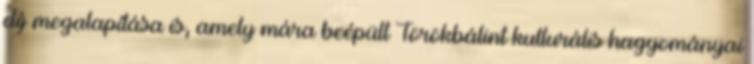
díj megalapítása is, amely mára beépült Törökbálint kulturális hagyományai